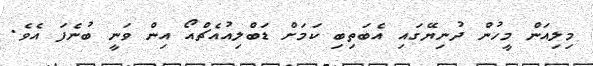
މިލިއަން މީހުން ދުނިޔޭގައި އެބަތިބި ކަމަށް ޑަބްލިއުއެޗްއޯ އިން ވަނީ ބުނެފަ އެވެ.